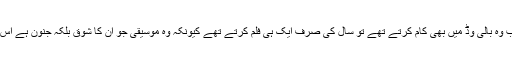
انہوں نے مزید کہا کہ جب وہ بالی وڈ میں بھی کام کرتے تھے تو سال کی صرف ایک ہی فلم کرتے تھے کیونکہ وہ موسیقی جو ان کا شوق بلکہ جنون ہے اس کو زیادہ وقت دے سکیں۔